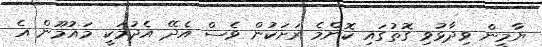
ޔާމީން ވިދާޅުވި ގޮތުގައި ކޮންމެ ރަށަކުން ވެސް އެދޭ އެދުމަކީ މައުމޫން އެ